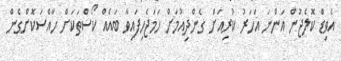
އެވިޑް ކޮލެޖުން އަންނަ އަހަރު ކުރިއަށް ގެންދިއުމަށް ހަމަޖެހިފައިވާ ބައެއް ކޯސްތަކަށް ހާއްސަކޮށްގެން